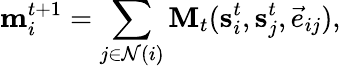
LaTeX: \textbf{m}_{i}^{t+1}=\sum_{j\in\mathcal{N}(i)}\textbf{M}_{t}(\textbf{s}_{i}^{t},\textbf{s}_{j}^{t},\vec{e}_{ij}),